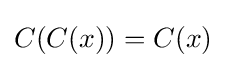
C(C(x))=C(x)